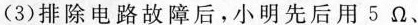
(3)排除电路故障后，小明先后用5Ω、